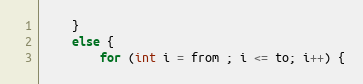
Language: Java
	}
	else {
		for (int i = from ; i <= to; i++) {